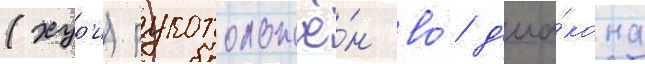
(хур'и) рукоположё́н во́ д'иа́кона